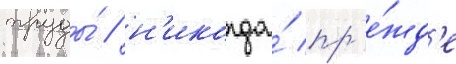
труды́ / н'икогда́ пр'е́жд'е